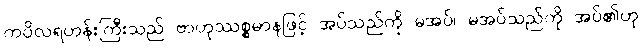
ကပိလရဟန်းကြီးသည် ဗာဟုဿစ္စမာနဖြင့် အပ်သည်ကို မအပ်၊ မအပ်သည်ကို အပ်၏ဟု